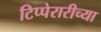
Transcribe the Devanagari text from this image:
टिप्पेरारीच्या